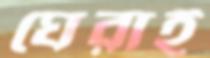
ঘেরাই